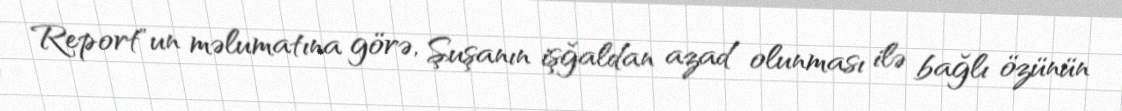
Report"un məlumatına görə, Şuşanın işğaldan azad olunması ilə bağlı özünün